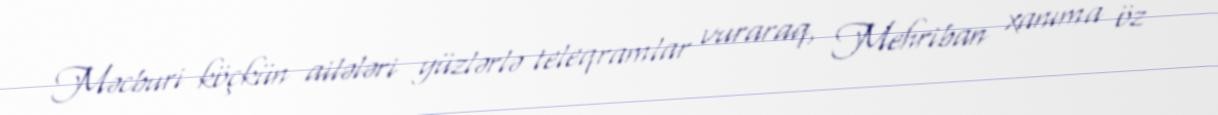
Məcburi köçkün ailələri yüzlərlə teleqramlar vuraraq, Mehriban xanıma öz